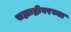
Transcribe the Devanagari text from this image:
सह्याद्रीवरच्या